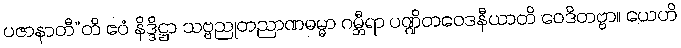
ပဇာနာတီ”တိ ဧဝံ နိဒ္ဒိဋ္ဌာ သဗ္ဗညုတညာဏဓမ္မာ ဂမ္ဘီရာ ပဏ္ဍိတဝေဒနီယာတိ ဝေဒိတဗ္ဗာ။ ယေဟိ